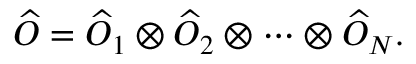
\widehat { O } = \widehat { O } _ { 1 } \otimes \widehat { O } _ { 2 } \otimes \cdots \otimes \widehat { O } _ { N } .